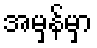
အမှန်မှာ